Indian journal of veterinary science and animal husbandry - Volume 10,
Year: 1940
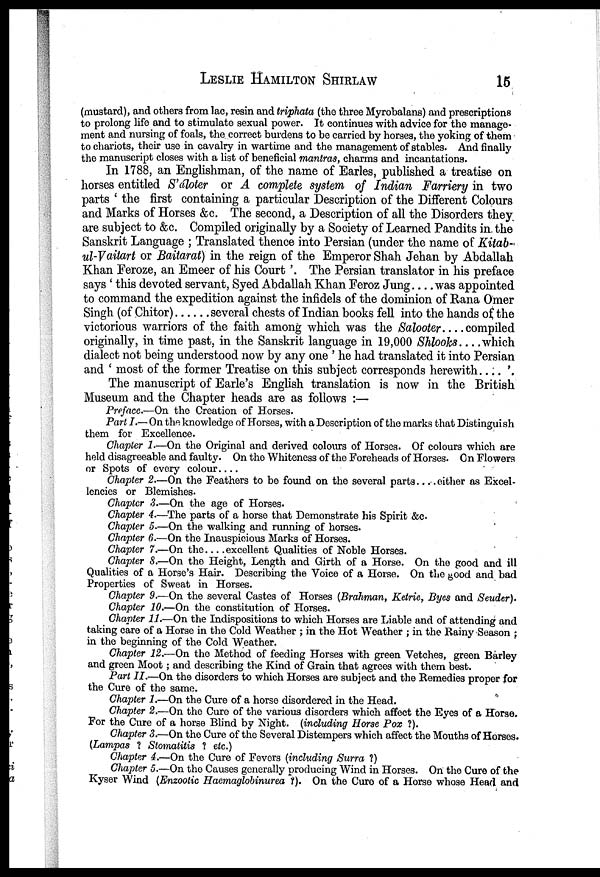
LESLIE HAMILTON SHIRLAW 15
(mustard), and others from lac, resin and triphata (the three Myrobalans) and prescriptions
to prolong life and to stimulate sexual power. It continues with advice for the manage-
ment and nursing of foals, the correct burdens to be carried by horses, the yoking of them
to chariots, their use in cavalry in wartime and the management of stables. And finally
the manuscript closes with a list of beneficial mantras, charms and incantations.
In 1788, an Englishman, of the name of Earles, published a treatise on
horses entitled S'áloter or A complete system of Indian Farriery in two
parts ' the first containing a particular Description of the Different Colours
and Marks of Horses &c. The second, a Description of all the Disorders they
are subject to &c. Compiled originally by a Society of Learned Pandits in the
Sanskrit Language ; Translated thence into Persian (under the name of Kitab¬
ul-Vaitart or Baitarat) in the reign of the Emperor Shah Jehan by Abdallah
Khan Feroze, an Emeer of his Court '. The Persian translator in his preface
says ' this devoted servant, Syed Abdallah Khan Feroz Jung. . . . was appointed
to command the expedition against the infidels of the dominion of Rana Omer
Singh (of Chitor) . . . . . . several chests of Indian books fell into the hands of the
victorious warriors of the faith among which was the Salooter . . . . compiled
originally, in time past, in the Sanskrit language in 19,000 Shlooks . . . .which
dialect not being understood now by any one ' he had translated it into Persian
and ' most of the former Treatise on this subject corresponds herewith . . . . '.
The manuscript of Earle's English translation is now in the British
Museum and the Chapter heads are as follows :—
Preface.—On the Creation of Horses.
Part I.— On the knowledge of Horses, with a Description of the marks that Distinguish
them for Excellence.
Chapter 1.—On the Original and derived colours of Horses. Of colours which are
held disagreeable and faulty. On the Whiteness of the Foreheads of Horses. On Flowers
or Spots of every colour....
Chapter 2.—On the Feathers to be found on the several parts... .either as Excel-
lencies or Blemishes.
Chapter 3.—On the age of Horses.
Chapter 4.—The parts of a horse that Demonstrate his Spirit &c
Chapter 5.—On the walking and running of horses.
Chapter 6.—On the Inauspicious Marks of Horses.
Chapter 7.—On the... .excellent Qualities of Noble Horses.
Chapter 8.—On the Height, Length and Girth of a Horse. On the good and ill
Qualities of a Horse's Hair. Describing the Voice of a Horse. On the good and bad
Properties of Sweat in Horses.
Chapter 9.—On the several Castes of Horses (Brahman, Ketrie, Byes and Seuder).
Chapter 10.—On the constitution of Horses.
Chapter 11.—On the Indispositions to which Horses are Liable and of attending and
taking care of a Horse in the Cold Weather ; in the Hot Weather ; in the Rainy Season ;
in the beginning of the Cold Weather.
Chapter 12.—On the Method of feeding Horses with green Vetches, green Barley
and green Moot; and describing the Kind of Grain that agrees with them best.
Part II.—On the disorders to which Horses are subject and the Remedies proper for
the Cure of the same.
Chapter 1.—On the Cure of a horse disordered in the Head.
Chapter 2.—On the Cure of the various disorders which affect the Eyes of a Horse.
For the Cure of a horse Blind by Night, (including Horse Pox ?).
Chapter 3.—On the Cure of the Several Distempers which affect the Mouths of Horses.
(Lampas ? Stomatitis ? etc.)
Chapter 4.—On the Cure of Fevers (including Surra ?)
Chapter 5.—On the Causes generally producing Wind in Horses. On the Cure of the
Kyser Wind (Enzootic Haemaglobinurea ?). On the Cure of a Horse whose Head and